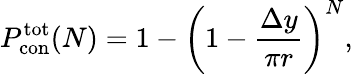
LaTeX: P_{\mathrm{con}}^{\mathrm{tot}}(N)=1-\left(1-\frac{\Delta y}{\pi r}\right)^{N},